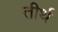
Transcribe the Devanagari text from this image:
तीर्थ